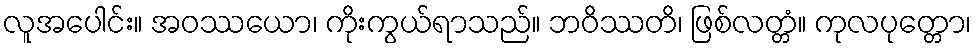
လူအပေါင်း။ အဝဿယော၊ ကိုးကွယ်ရာသည်။ ဘဝိဿတိ၊ ဖြစ်လတ္တံ။ ကုလပုတ္တော၊